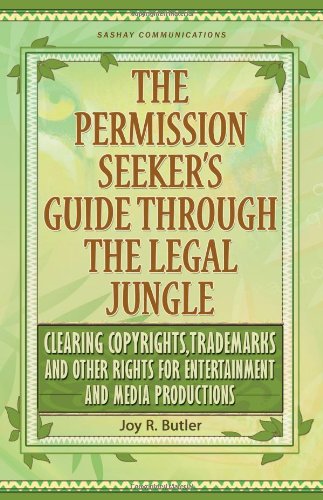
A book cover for The Permission Seeker's Guide Through the Legal Jungle: Clearing Copyrights, Trademarks and Other Rights for Entertainment and Media Productions; Joy Butler; Law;